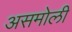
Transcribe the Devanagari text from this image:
असमोली